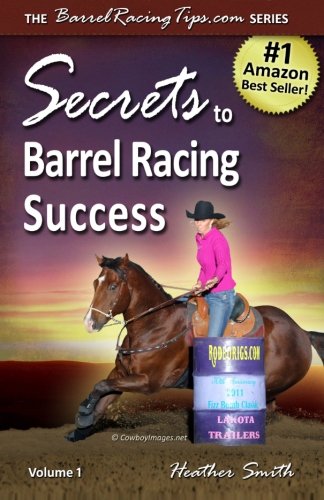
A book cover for Secrets to Barrel Racing Success (Volume 1); Heather A. Smith; Sports & Outdoors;